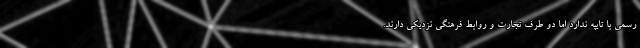
رسمی با تایپه ندارد اما دو طرف تجارت و روابط فرهنگی نزدیکی دارند.